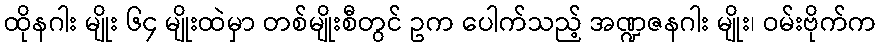
ထိုနဂါး မျိုး ၆၄ မျိုးထဲမှာ တစ်မျိုးစီတွင် ဥက ပေါက်သည့် အဏ္ဍဇနဂါး မျိုး၊ ဝမ်းဗိုက်က